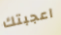
اعجبتك